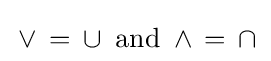
\,\vee \,=\,\cup \,{\text{ and }}\,\wedge \,=\,\cap